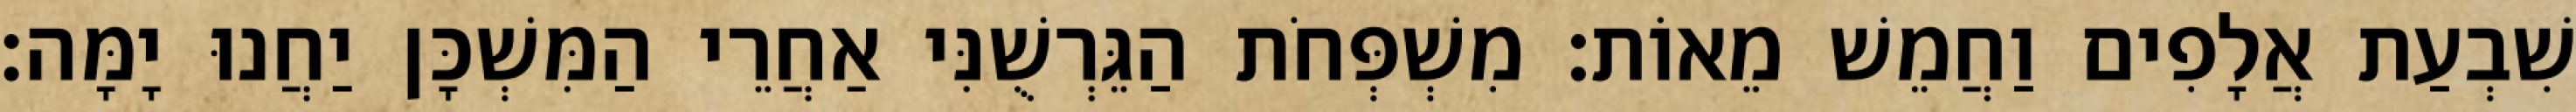
שִׁבְעַת אֲלָפִים וַחֲמֵשׁ מֵאוֹת׃ מִשְׁפְּחֹת הַגֵּרְשֻׁנִּי אַחֲרֵי הַמִּשְׁכָּן יַחֲנוּ יָמָּה׃